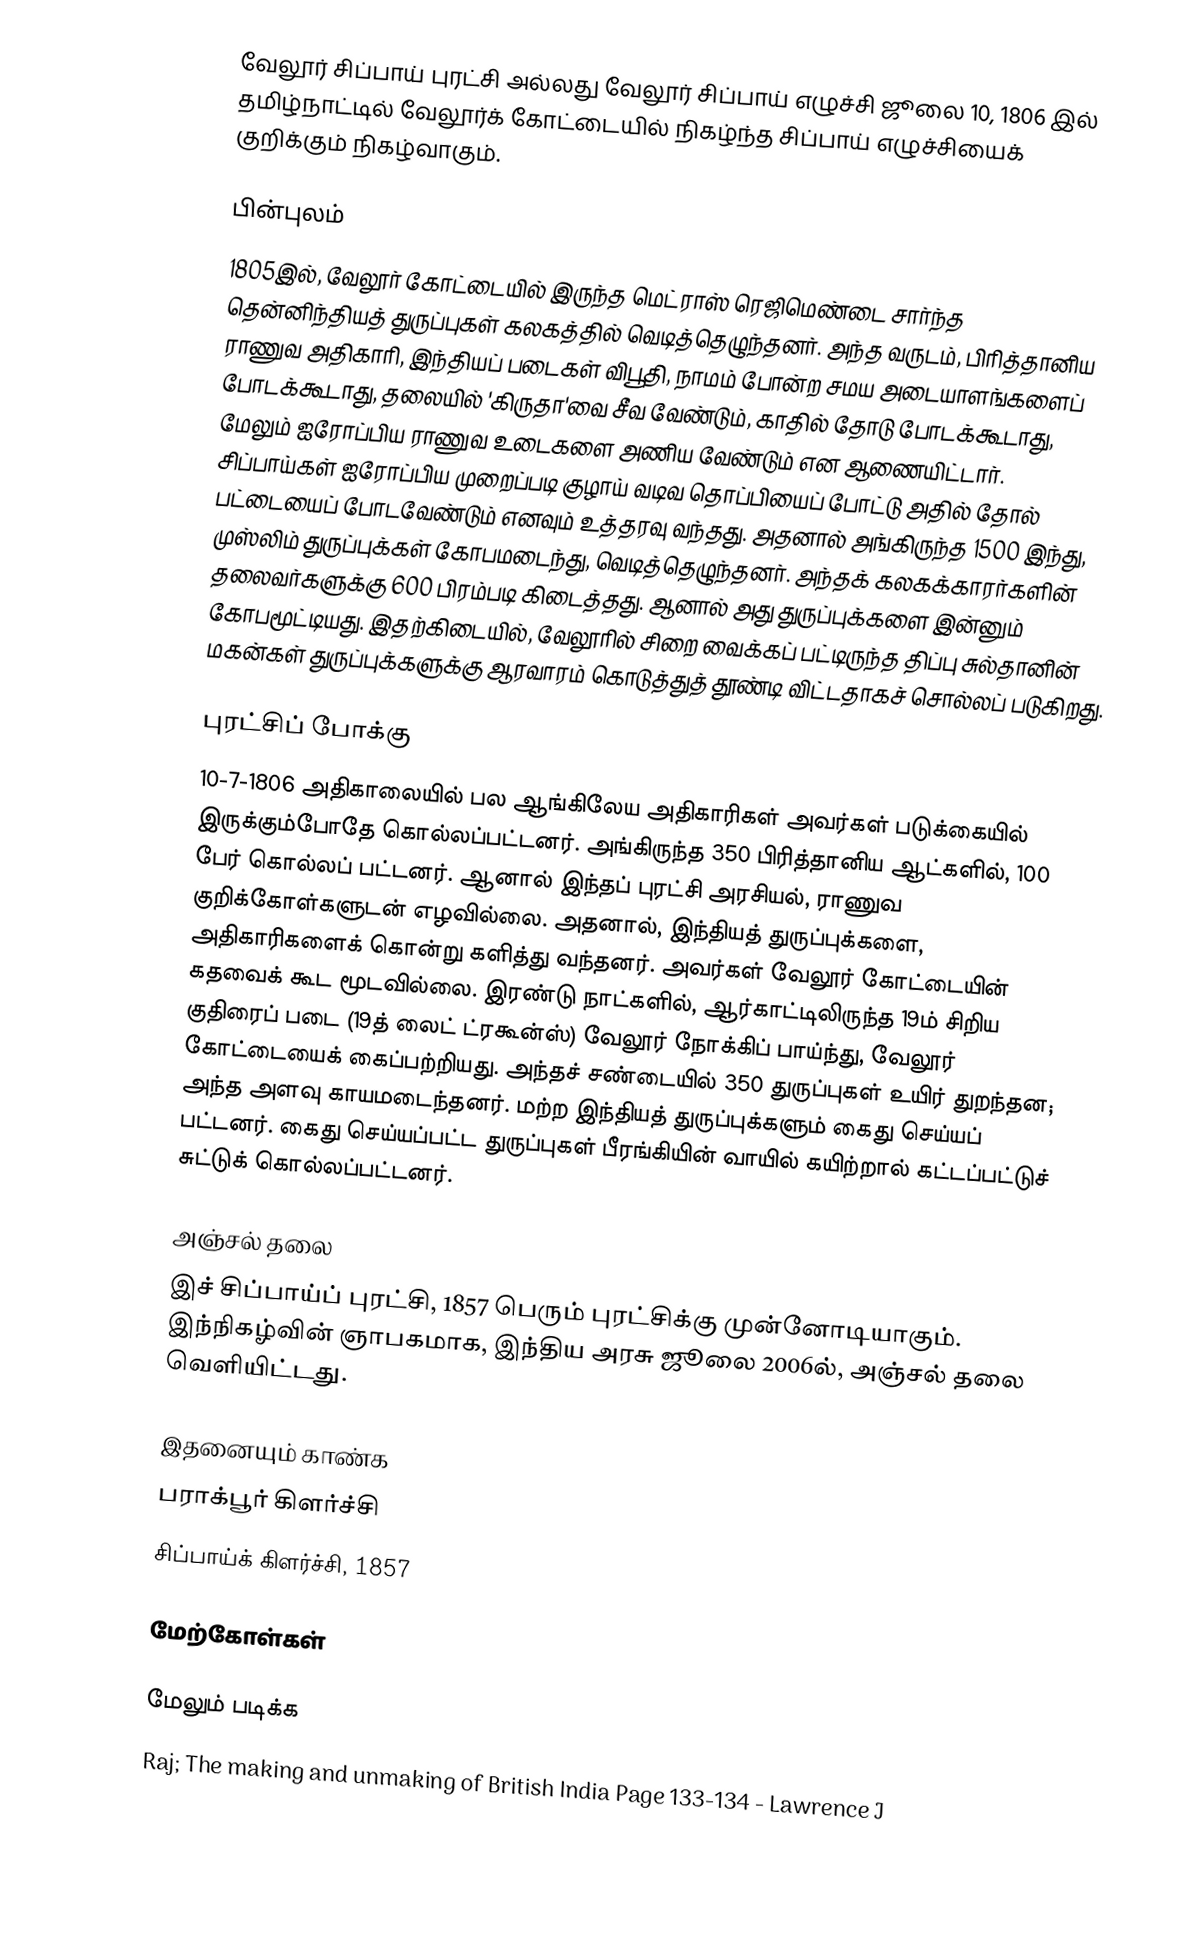
வேலூர் சிப்பாய் புரட்சி அல்லது வேலூர் சிப்பாய் எழுச்சி ஜூலை 10, 1806 இல் தமிழ்நாட்டில் வேலூர்க் கோட்டையில் நிகழ்ந்த சிப்பாய் எழுச்சியைக் குறிக்கும் நிகழ்வாகும்.

பின்புலம்
1805இல், வேலூர் கோட்டையில் இருந்த மெட்ராஸ் ரெஜிமெண்டை சார்ந்த தென்னிந்தியத் துருப்புகள் கலகத்தில் வெடித்தெழுந்தனர். அந்த வருடம், பிரித்தானிய ராணுவ அதிகாரி, இந்தியப் படைகள் விபூதி, நாமம் போன்ற சமய அடையாளங்களைப் போடக்கூடாது, தலையில் 'கிருதா'வை சீவ வேண்டும், காதில் தோடு போடக்கூடாது, மேலும் ஐரோப்பிய ராணுவ உடைகளை அணிய வேண்டும் என ஆணையிட்டார். சிப்பாய்கள் ஐரோப்பிய முறைப்படி குழாய் வடிவ தொப்பியைப் போட்டு அதில் தோல் பட்டையைப் போடவேண்டும் எனவும் உத்தரவு வந்தது. அதனால் அங்கிருந்த 1500 இந்து, முஸ்லிம் துருப்புக்கள் கோபமடைந்து, வெடித்தெழுந்தனர். அந்தக் கலகக்காரர்களின் தலைவர்களுக்கு 600 பிரம்படி கிடைத்தது. ஆனால் அது துருப்புக்களை இன்னும் கோபமூட்டியது. இதற்கிடையில், வேலூரில் சிறை வைக்கப் பட்டிருந்த திப்பு சுல்தானின் மகன்கள் துருப்புக்களுக்கு ஆரவாரம் கொடுத்துத் தூண்டி விட்டதாகச் சொல்லப் படுகிறது.

புரட்சிப் போக்கு
10-7-1806 அதிகாலையில் பல ஆங்கிலேய அதிகாரிகள் அவர்கள் படுக்கையில் இருக்கும்போதே கொல்லப்பட்டனர். அங்கிருந்த 350 பிரித்தானிய ஆட்களில், 100 பேர் கொல்லப் பட்டனர். ஆனால் இந்தப் புரட்சி அரசியல், ராணுவ குறிக்கோள்களுடன் எழவில்லை. அதனால், இந்தியத் துருப்புக்களை, அதிகாரிகளைக் கொன்று களித்து வந்தனர். அவர்கள் வேலூர் கோட்டையின் கதவைக் கூட மூடவில்லை. இரண்டு நாட்களில், ஆர்காட்டிலிருந்த 19ம் சிறிய குதிரைப் படை (19த்  லைட்  ட்ரகூன்ஸ்) வேலூர் நோக்கிப் பாய்ந்து, வேலூர் கோட்டையைக் கைப்பற்றியது. அந்தச் சண்டையில் 350  துருப்புகள் உயிர் துறந்தன; அந்த அளவு காயமடைந்தனர். மற்ற இந்தியத் துருப்புக்களும் கைது செய்யப் பட்டனர். கைது செய்யப்பட்ட துருப்புகள் பீரங்கியின் வாயில் கயிற்றால் கட்டப்பட்டுச் சுட்டுக் கொல்லப்பட்டனர்.

அஞ்சல் தலை
இச் சிப்பாய்ப் புரட்சி, 1857 பெரும் புரட்சிக்கு முன்னோடியாகும். இந்நிகழ்வின் ஞாபகமாக, இந்திய அரசு ஜூலை 2006ல், அஞ்சல் தலை வெளியிட்டது.

இதனையும் காண்க
 பராக்பூர் கிளர்ச்சி
 சிப்பாய்க் கிளர்ச்சி, 1857

மேற்கோள்கள்

மேலும் படிக்க
 Raj; The making and unmaking of British India Page 133-134  - Lawrence J